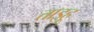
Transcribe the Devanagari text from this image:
ताइहू